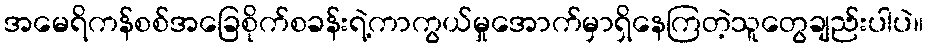
အမေရိကန်စစ်အခြေစိုက်စခန်းရဲ့ကာကွယ်မှုအောက်မှာရှိနေကြတဲ့သူတွေချည်းပါပဲ။